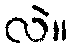
လဲ။